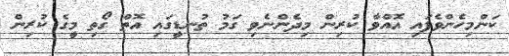
ކަންމިހެންވެފައި އޮއްވާ ކުރިން މިދެންނެވި ގަމު ތުނޑީގައި އޮތް ގޯތި މީގެ ކުރިން